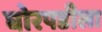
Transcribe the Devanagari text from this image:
घोरपडीला